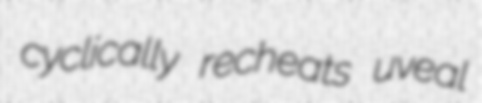
cyclically recheats uveal